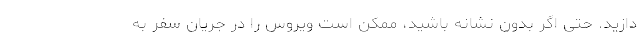
دازید. حتی اگر بدون نشانه باشید، ممکن است ویروس را در جریان سفر به